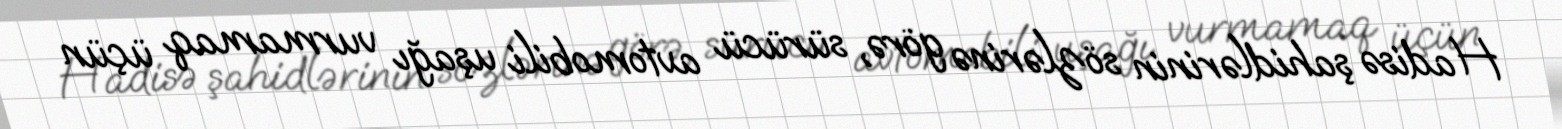
Hadisə şahidlərinin sözlərinə görə, sürücü avtomobili uşağı vurmamaq üçün